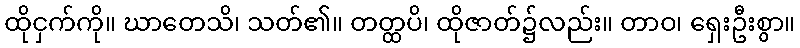
ထိုငှက်ကို။ ဃာတေသိ၊ သတ်၏။ တတ္ထပိ၊ ထိုဇာတ်၌လည်း။ တာဝ၊ ရှေးဦးစွာ။